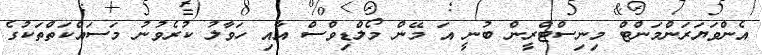
އެންވަޔަރަންމަންޓް މިނިސްޓްރީން ބުނީ އަ މޭން މޯލްޑިވްސް އާއި ހަވާލު ކުރެވުނު މަސައްކަތްތަކުގެ